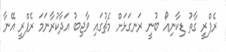
ރެފްރީ ގާތު ޑިކާނިއޯ ބުނީ ރަނގަޅަށް މެޗުގައި ވާޖިބު އަދާކުރާނަމަ ރެފްރީ އޭނާ